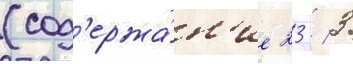
(сод'ержа́н'ие 23 / 3